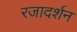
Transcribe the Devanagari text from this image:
रजादर्शन